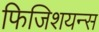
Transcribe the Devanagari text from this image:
फिजिशयन्स